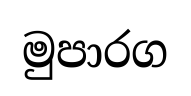
මුපාරග